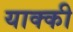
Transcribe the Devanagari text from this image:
याक्की